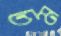
চম